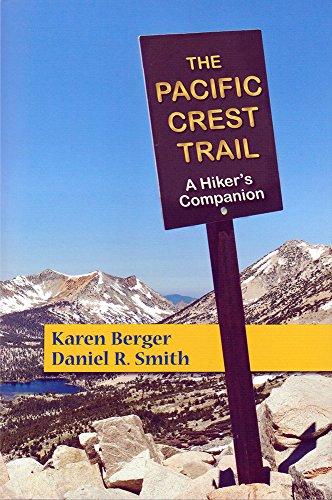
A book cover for The Pacific Crest Trail: A Hiker's Companion (Second Edition); Karen Berger; Sports & Outdoors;